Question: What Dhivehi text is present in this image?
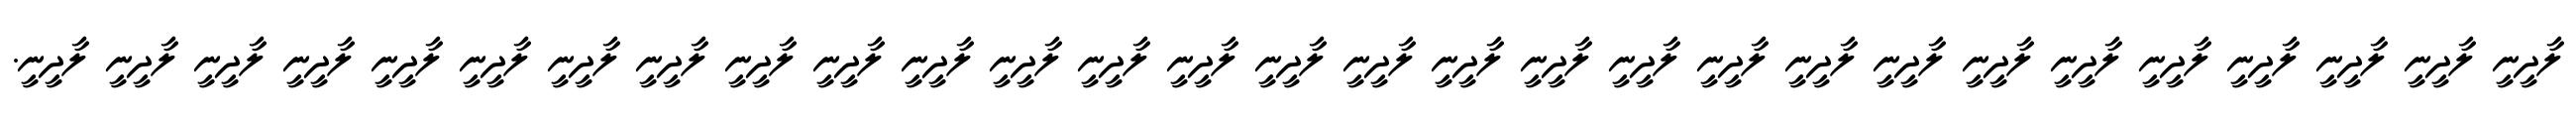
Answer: ލާދީނީ ލާދީނީ ލާދީނީ ލާދީނީ ލާދީނީ ލާދީނީ ލާދީނީ ލާދީނީ ލާދީނީ ލާދީނީ ލާދީނީ ލާދީނީ ލާދީނީ ލާދީނީ ލާދީނީ ލާދީނީ ލާދީނީ ލާދީނީ ލާދީނީ ލާދީނީ ލާދީނީ ލާދީނީ ލާދީނީ ލާދީނީ ލާދީނީ ލާދީނީ ލާދީނީ ލާދީނީ ލާދީނީ.